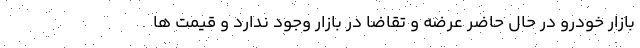
بازار خودرو در حال حاضر عرضه و تقاضا در بازار وجود ندارد و قیمت ها